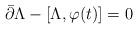
LaTeX: \begin{align*}\bar{\partial}\Lambda-[\Lambda,\varphi(t)]=0\end{align*}